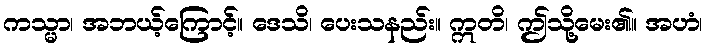
ကသ္မာ၊ အဘယ့်ကြောင့်။ ဒေသိ၊ ပေးသနည်း။ ဣတိ၊ ဤသို့မေး၏။ အဟံ၊